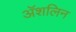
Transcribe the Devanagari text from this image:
अॅशलिन